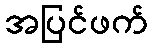
အပြင်ဖက်